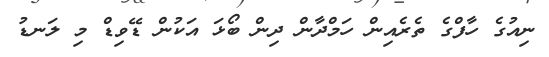
ނިއުގެ ހާފްގެ ތެރެއިން ހަމްދާން ދިން ބޯޅަ އަކުން ޑޭވިޑް މި ލަނޑު